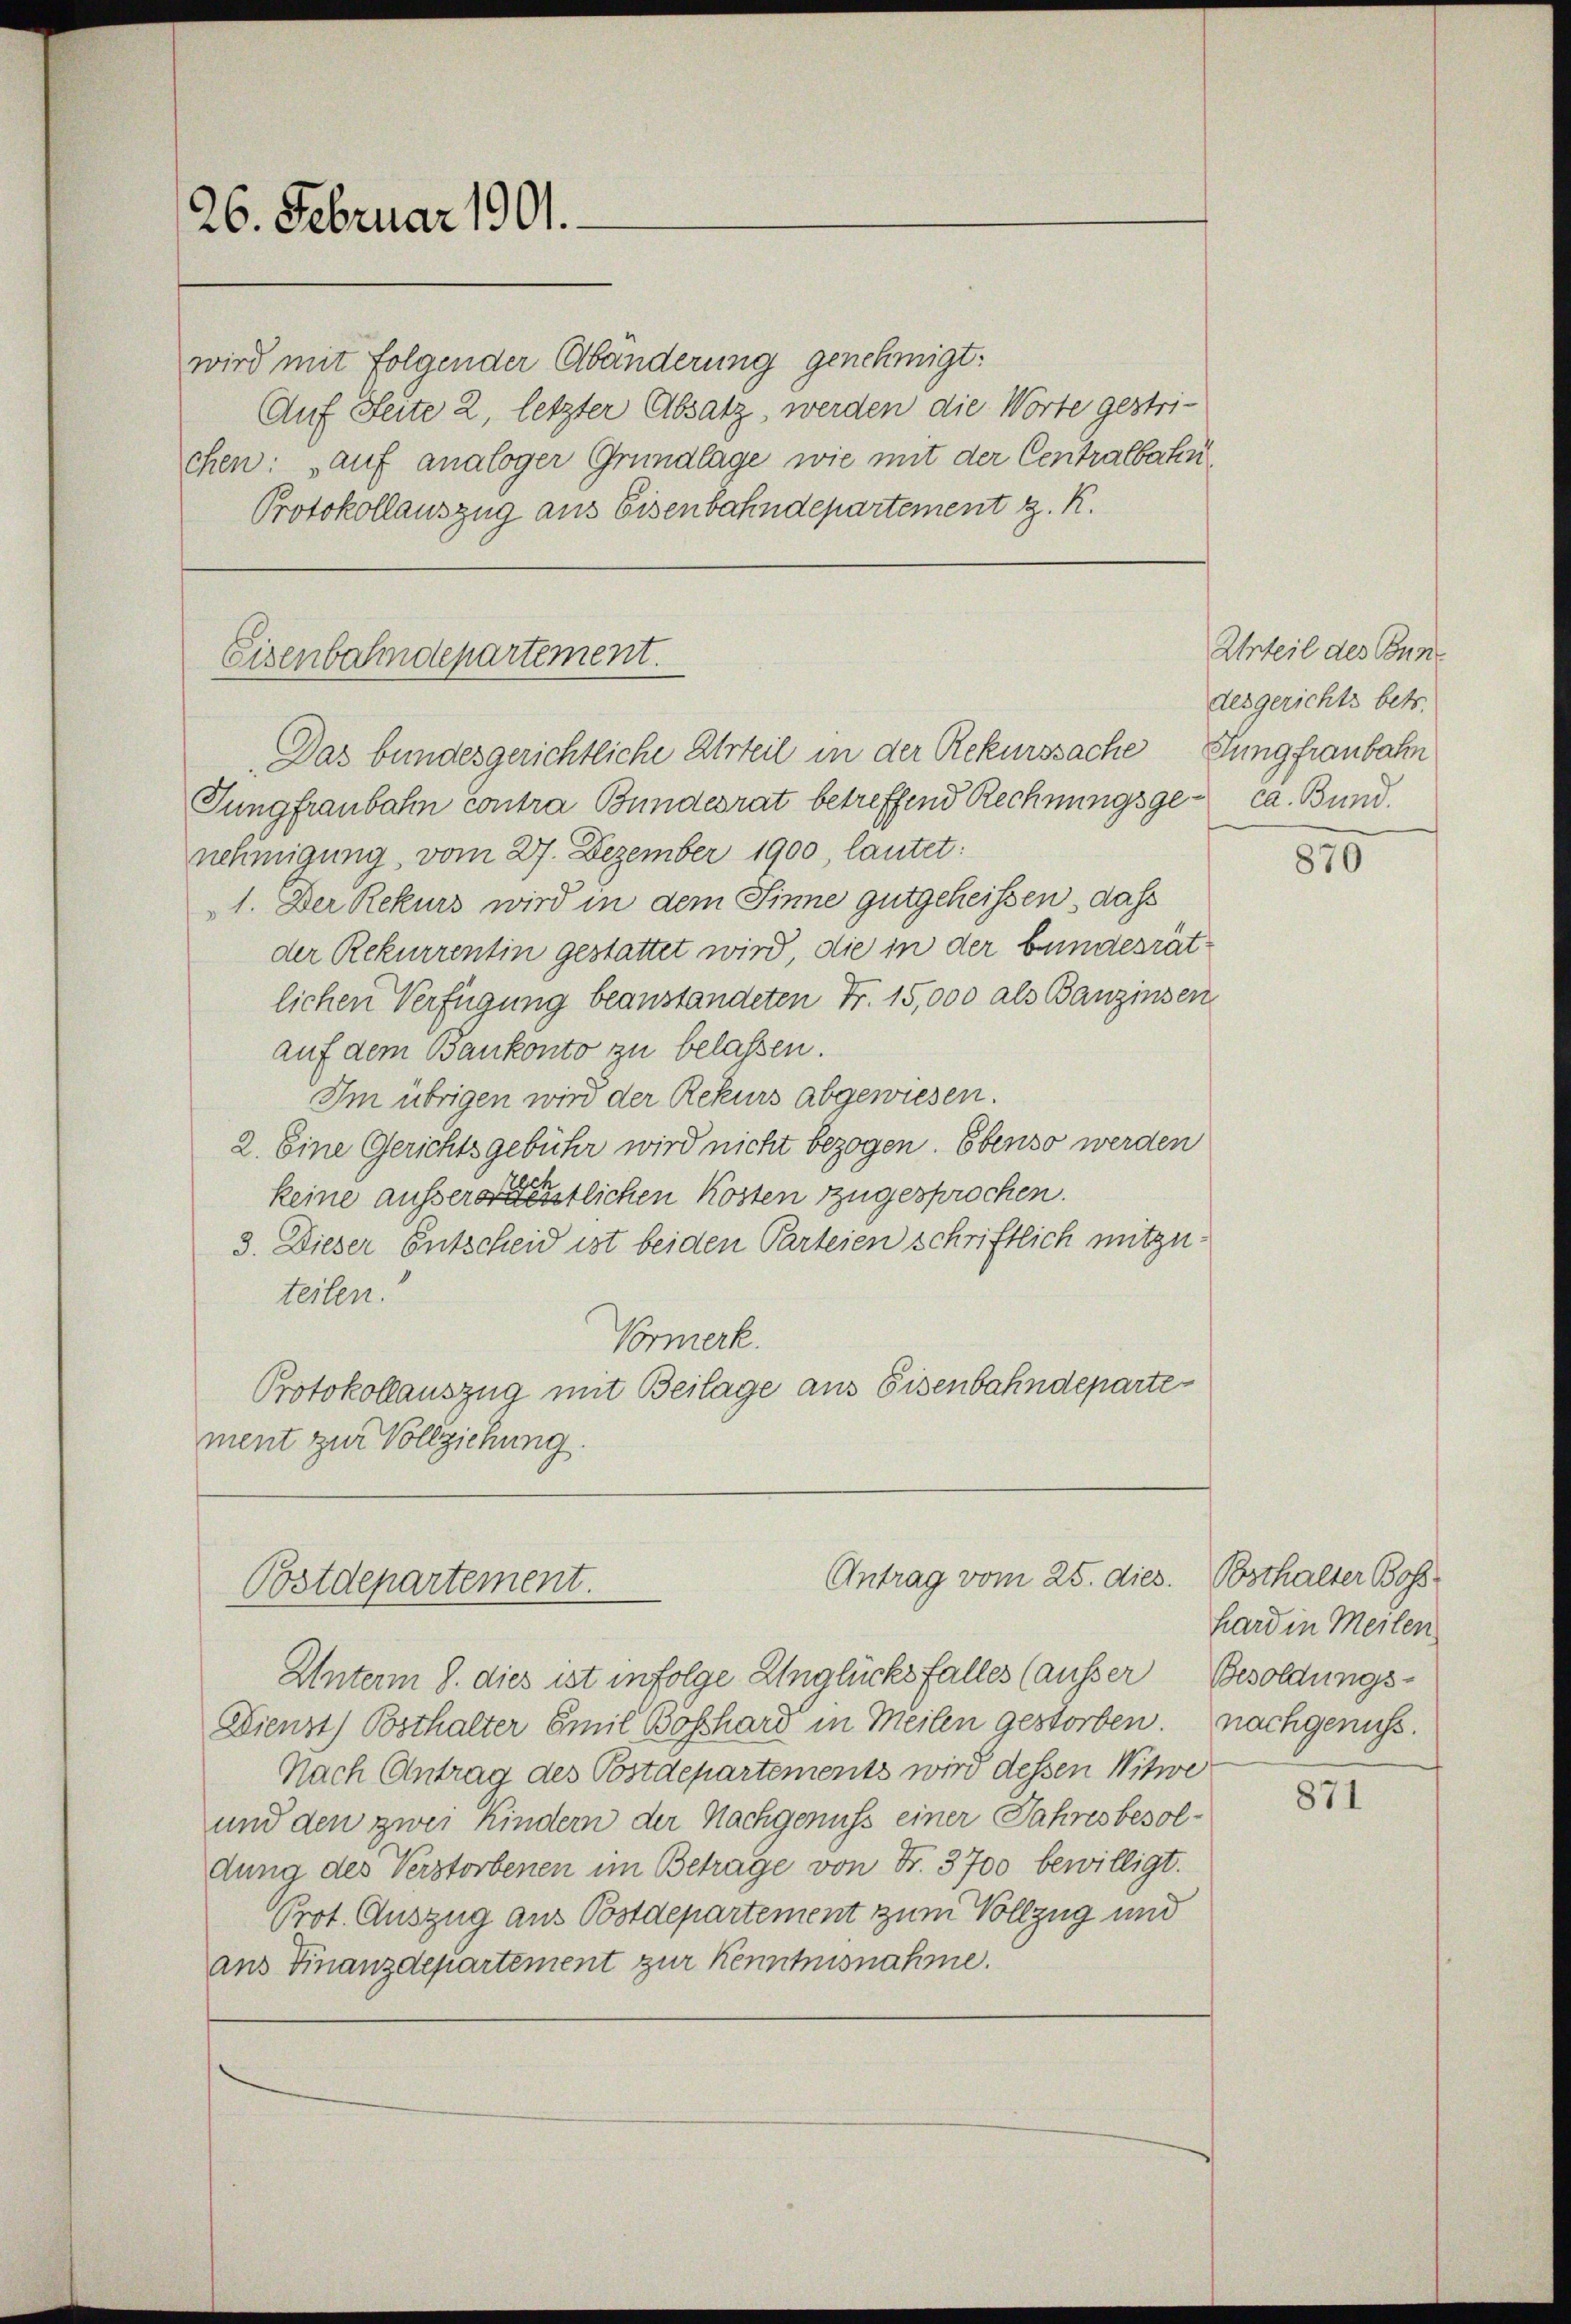
26. Februar 1901.
wird mit folgender Abänderung genehmigt:

Auf Seite 2, letzter Absatz, werden die Worte gestrichen: auf analoger Grundlage wie mit der Centralbahn
Protokollauszug aus Eisenbahndepartement z. K.

Eisenbahndepartement.
Das bundesgerichtliche Urteil in der Rekurssache Jungfraubahn

Jungfraubahn contra Bundesrat betreffend Rechnungsgenehmigung, vom 27. Dezember 1900 lautet:
1. Der Rekurs wird in dem Sinne gutgeheissen, dass
der Rekurrentin gestattet wird, die in der bundesrätlichen Verfügung beanstandeten Fr. 15,000 als Banzinsen
auf dem Bankonto zu belassen.
Im übrigen wird der Rekurs abgewiesen.
2. Eine Gerichtsgebühr wird nicht bezogen. Ebenso werden
keine aussers entlichen Kosten zugesprochen.
3. Dieser Entscheid ist beiden Parteien schriftlich mitzu¬
0
teiten.
Vormerk.
Protokollauszug mit Beilage aus Eisenbahndepartement zur Vollziehung.

Antrag vom 25. dies.
Bstdepartement.

Urteil des Bundesgerichts betr.
ca. Bund.

Unterm 8. dies ist infolge Unglücksfalles (ausser Besoldungs¬
Dienst Bosthalter Emil Böschard in Meilen gestorben. Nachgenuss.
Nach Antrag des Postdepartements wird dessen Witwe
und den zwei Kindern der Nachgenuss einer Jahresbesoldung des Verstorbenen im Betrage von Fr. 3700 bewilligt.
Prot. Auszug aus Postdepartement zum Vollzug und
ans Finanzdepartement zur Kenntnisnahme.

870

Bosthalter Boss
hard in Meilen

871